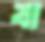
বা